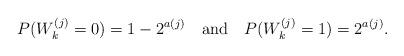
LaTeX: \begin{align*}P(W^{(j)}_k = 0) = 1 - 2^{a(j)}\ \ \ {\rm and}\ \ \ P(W^{(j)}_k = 1) = 2^{a(j)}.\end{align*}